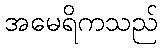
အမေရိကသည်